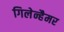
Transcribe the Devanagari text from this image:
गिलेन्हैमर